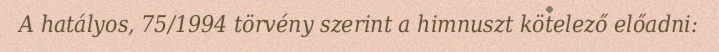
A hatályos, 75/1994 törvény szerint a himnuszt kötelező előadni: